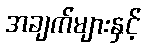
အချက်များနှင့်